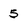
Character: 5